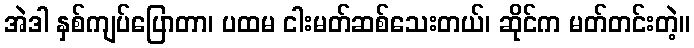
အဲဒါ နှစ်ကျပ်ပြောတာ၊ ပထမ ငါးမတ်ဆစ်သေးတယ်၊ ဆိုင်က မတ်တင်းတဲ့။